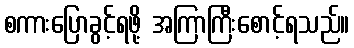
စကားပြောခွင့်ရဖို့ အကြာကြီးစောင့်ရသည်။